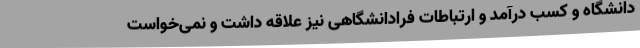
دانشگاه و کسب درآمد و ارتباطات فرادانشگاهی نیز علاقه داشت و نمی‌خواست